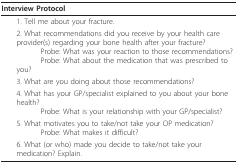
<table><thead><tr><td><b>Interview Protocol</b></td></tr></thead><tbody><tr><td> 1. Tell me about your fracture.</td></tr><tr><td> 2. What recommendations did you receive by your health care provider(s) regarding your bone health after your fracture?Probe: What was your reaction to those recommendations?Probe: What about the medication that was prescribed to you?</td></tr><tr><td> 3. What are you doing about those recommendations?</td></tr><tr><td> 4. What has your GP/specialist explained to you about your bone health?Probe: What is your relationship with your GP/specialist?</td></tr><tr><td> 5. What motivates you to take/not take your OP medication?Probe: What makes it difficult?</td></tr><tr><td> 6. What (or who) made you decide to take/not take your medication? Explain.</td></tr></tbody></table>